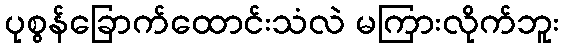
ပုစွန်ခြောက်ထောင်းသံလဲ မကြားလိုက်ဘူး